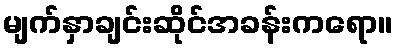
မျက်နှာချင်းဆိုင်အခန်းကရော။